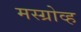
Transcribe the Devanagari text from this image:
मस्ग्रोव्ह